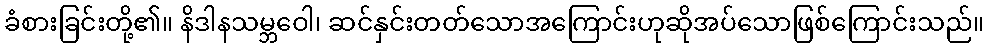
ခံစားခြင်းတို့၏။ နိဒါနသမ္ဘဝေါ၊ ဆင်နှင်းတတ်သောအကြောင်းဟုဆိုအပ်သောဖြစ်ကြောင်းသည်။